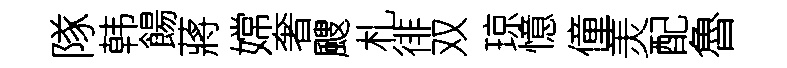
隊韩餳蔣嫦奢颼札徘双琼憶僮羙配魯